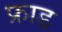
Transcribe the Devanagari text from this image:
फ्राड